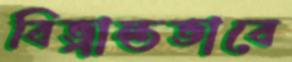
বিভ্রান্তভাবে